Report on the metropolitan horse fairs and district horse shows of 1892-93 - 1892-1893
Year: 1892
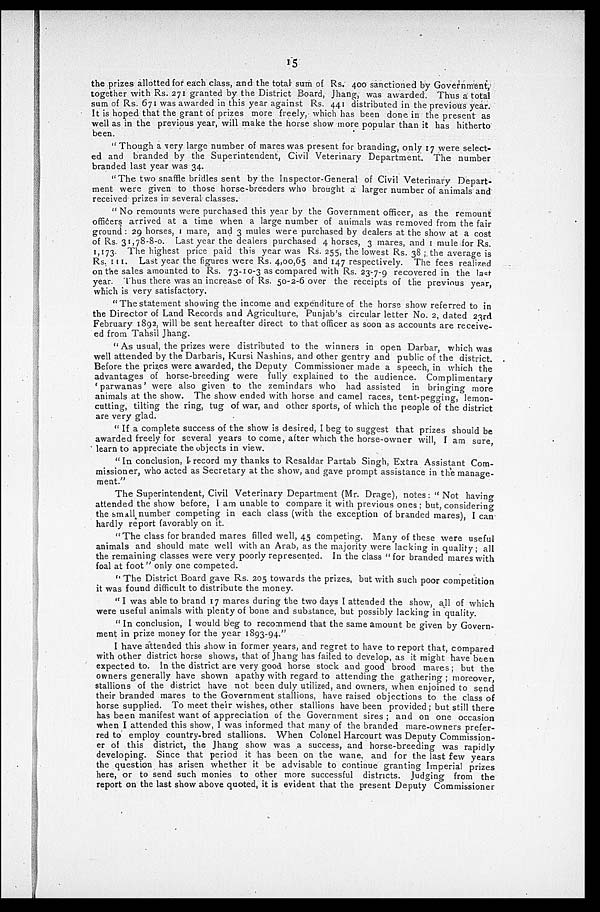
15
the prizes allotted for each class, and the total sum of Rs. 400 sanctioned by Government,
together with Rs. 271 granted by the District Board, Jhang, was awarded. Thus a total
sum of Rs. 671 was awarded in this year against Rs. 441 distributed in the previous year.
It is hoped that the grant of prizes more freely, which has been done in the present as
well as in the previous year, will make the horse show more popular than it has hitherto
been.
" Though a very large number of mares was present for branding, only 17 were select-
ed and branded by the Superintendent, Civil Veterinary Department. The number
branded last year was 34.
" The two snaffle bridles sent by the Inspector-General of Civil Veterinary Depart-
ment were given to those horse-breeders who brought a larger number of animals and
received prizes in several classes.
" No remounts were purchased this year by the Government officer, as the remount
officers arrived at a time when a large number of animals was removed from the fair
ground : 29 horses, 1 mare, and 3 mules were purchased by dealers at the show at a cost
of Rs. 31,78-8-0. Last year the dealers purchased 4 horses, 3 mares, and I mule for Rs.
1,173. The highest price paid this year was Rs. 255, the lowest Rs. 38 ; the average is
Rs. 111. Last year the figures were Rs. 4,00,65 and 147 respectively. The fees realized
on the sales amounted to Rs. 73-10-3 as compared with Rs. 23-7-9 recovered in the last
year. Thus there was an increase of Rs. 50-2-6 over the receipts of the previous year,
which is very satisfactory.
" The statement showing the income and expenditure of the horse show referred to in
the Director of Land Records and Agriculture, Punjab's circular letter No. 2, dated 23rd
February 1892, will be sent hereafter direct to that officer as soon as accounts are receive-
ed from Tahsil Jhang.
" As usual, the prizes were distributed to the winners in open Darbar, which was
well attended by the Darbaris, Kursi Nashins, and other gentry and public of the district.
Before the prizes were awarded, the Deputy Commissioner made a speech, in which the
advantages of horse-breeding were fully explained to the audience. Complimentary
' parwanas ' were also given to the zemindars who had assisted in bringing more
animals at the show. The show ended with horse and camel races, tent-pegging, lemon-
cutting, tilting the ring, tug of war, and other sports, of which the people of the district
are very glad.
" If a complete success of the show is desired, I beg to suggest that prizes should be
awarded freely for several years to come, after which the horse-owner will, I am sure,
learn to appreciate the objects in view.
"In conclusion, I record my thanks to Resaldar Partab Singh, Extra Assistant Com-
missioner, who acted as Secretary at the show, and gave prompt assistance in the manage-
ment."
The Superintendent, Civil Veterinary Department (Mr. Drage), notes : " Not having
attended the show before, I am unable to compare it with previous ones ; but, considering
the small number competing in each class (with the exception of branded mares), I can
hardly report favorably on it.
" The class for branded mares filled well, 45 competing. Many of these were useful
animals and should mate well with an Arab, as the majority were lacking in quality; all
the remaining classes were very poorly represented. In the class "for branded mares with
foal at foot" only one competed.
"The District Board gave Rs. 205 towards the prizes, but with such poor competition
it was found difficult to distribute the money.
" I was able to brand 17 mares during the two days I attended the show, all of which
were useful animals with plenty of bone and substance, but possibly lacking in quality.
" In conclusion, I would beg to recommend that the same amount be given by Govern-
ment in prize money for the year 1893-94."
I have attended this show in former years, and regret to have to report that, compared
with other district horse shows, that of Jhang has failed to develop, as it might have been
expected to. In the district are very good horse stock and good brood mares; but the
owners generally have shown apathy with regard to attending the gathering; moreover,
stallions of the district have not been duly utilized, and owners, when enjoined to send
their branded mares to the Government stallions, have raised objections to the class of
horse supplied. To meet their wishes, other stallions have been provided; but still there
has been manifest want of appreciation of the Government sires ; and on one occasion
when I attended this show, 1 was informed that many of the branded mare-owners prefer-
red to employ country-bred stallions. When Colonel Harcourt was Deputy Commission-
er of this district, the Jhang show was a success, and horse-breeding was rapidly
developing. Since that period it has been on the wane, and for the last few years
the question has arisen whether it be advisable to continue granting Imperial prizes
here, or to send such monies to other more successful districts. Judging from the
report on the last show above quoted, it is evident that the present Deputy Commissioner